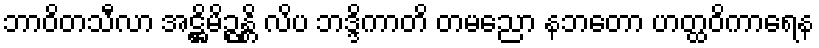
ဘာဝိတသီလာ အဋ္ဌိမိဉ္ဇန္တိ လိပ ဘဒ္ဒိကာတိ တမညော နဘတော ဟတ္ထဝိကာရေန